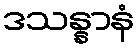
ဒသန္နာနံ